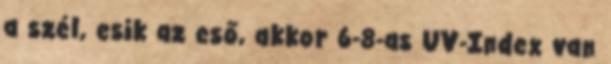
a szél, esik az eső, akkor 6-8-as UV-Index van